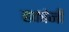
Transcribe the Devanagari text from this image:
हकांनी